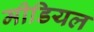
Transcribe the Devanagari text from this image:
मीडियल